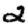
Digit: 2